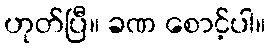
ဟုတ်ပြီ။ ခဏ စောင့်ပါ။